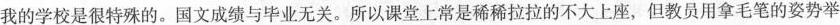
我的学校是很特殊的。国文成绩与毕业无关。所以课堂上常是稀稀拉拉的不大上座，但教员用拿毛笔的姿势举